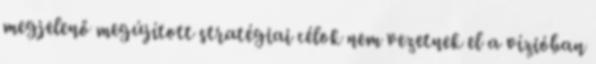
megjelenő megújított stratégiai célok nem vezetnek el a vízióban